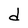
Character: d